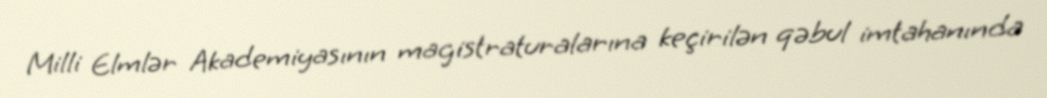
Milli Elmlər Akademiyasının magistraturalarına keçirilən qəbul imtahanında